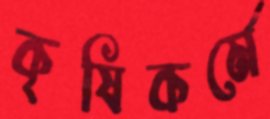
কৃষিকর্মে